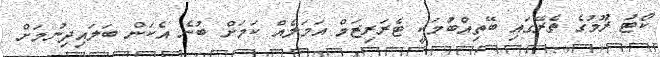
ކޯޓު ރޫމުގެ ތެރޭގައި ބޭތިއްބުމަކީ ޓެރަރިޒަމް އަމަލެއް ކަމަށް ބުނެ އެކަން ބަލައިދިނުމަށް